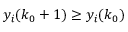
y _ { i } ( k _ { 0 } + 1 ) \geq y _ { i } ( k _ { 0 } )